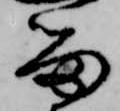
留